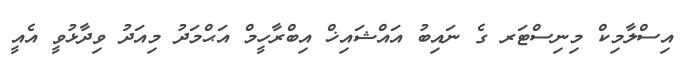
އިސްލާމިކް މިނިސްޓަރ ގެ ނައިބު އައްޝައިޚް އިބްރާހީމް އަޙްމަދު މިއަދު ވިދާޅުވީ އެއީ